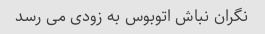
نگران نباش اتوبوس به زودی می رسد